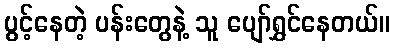
ပွင့်နေတဲ့ ပန်းတွေနဲ့ သူ ပျော်ရွှင်နေတယ်။